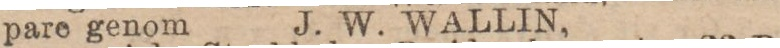
pare genom J. W. WALLIN,